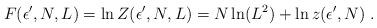
LaTeX: \begin{align*}F(\epsilon',N,L) = \ln Z(\epsilon',N,L) = N \ln (L^2) + \ln z(\epsilon',N)\;.\end{align*}